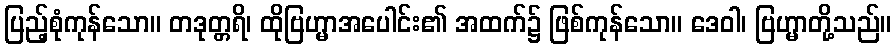
ပြည့်စုံကုန်သော။ တဒုတ္တရိ၊ ထိုဗြဟ္မာအပေါင်း၏ အထက်၌ ဖြစ်ကုန်သော။ ဒေဝါ၊ ဗြဟ္မာတို့သည်။